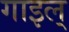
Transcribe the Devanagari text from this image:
गाइल्